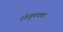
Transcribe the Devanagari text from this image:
रंगगुणवत्ता